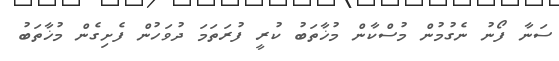
ސަނާ ފޯނު ނެގުމުން މުސްކާން މުޚާތަބު ކުރީ ފުރަތަމަ ދުވަހުން ފެށިގެން މުޚާތަބު